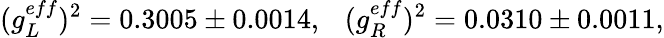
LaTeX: (g_{L}^{eff})^{2}=0.3005\pm 0.0014,~~~(g_{R}^{eff})^{2}=0.0310\pm 0.0011,